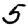
Digit: 5